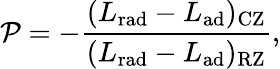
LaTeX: \mathcal{P}=-\frac{(L_{\mathrm{rad}}-L_{\mathrm{{ad}}})_{\mathrm{CZ}}}{(L_{\mathrm{rad}}-L_{\mathrm{ad}})_{\mathrm{RZ}}},